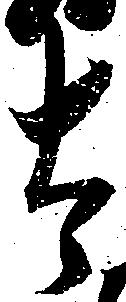
太